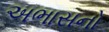
અભાસનો